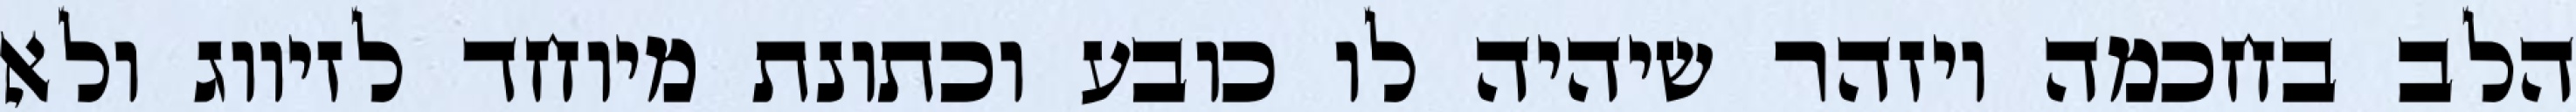
הלב בחכמה ויזהר שיהיה לו כובע וכתונת מיוחד לזיווג ולא